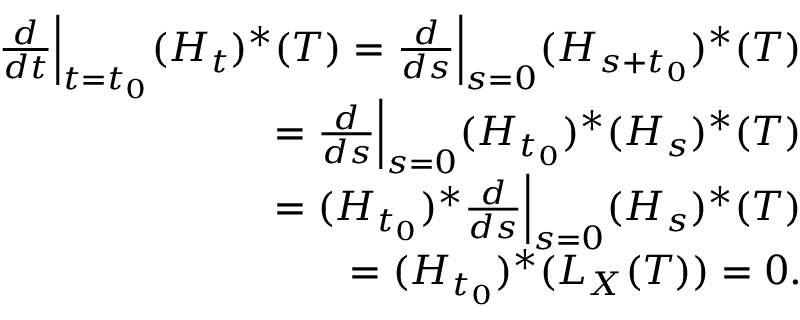
\begin{array} { r } { \frac { d } { d t } \Bigr | _ { t = t _ { 0 } } ( H _ { t } ) ^ { * } ( T ) = \frac { d } { d s } \Bigr | _ { s = 0 } ( H _ { s + t _ { 0 } } ) ^ { * } ( T ) } \\ { = \frac { d } { d s } \Bigr | _ { s = 0 } ( H _ { t _ { 0 } } ) ^ { * } ( H _ { s } ) ^ { * } ( T ) } \\ { = ( H _ { t _ { 0 } } ) ^ { * } \frac { d } { d s } \Bigr | _ { s = 0 } ( H _ { s } ) ^ { * } ( T ) } \\ { = ( H _ { t _ { 0 } } ) ^ { * } ( L _ { X } ( T ) ) = 0 . } \end{array}